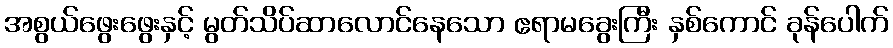
အစွယ်ဖွေးဖွေးနှင့် မွတ်သိပ်ဆာလောင်နေသော ဧရာမခွေးကြီး နှစ်ကောင် ခုန်ပေါက်